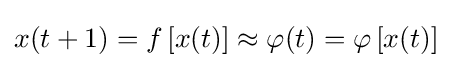
x(t+1)=f\left[x(t)\right]\approx \varphi (t)=\varphi \left[x(t)\right]